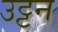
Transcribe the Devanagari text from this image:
उट्टन